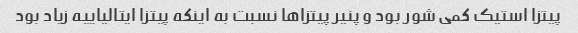
پیتزا استیک کمی شور بود و پنیر پیتزاها نسبت به اینکه پیتزا ایتالیاییه زیاد بود